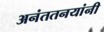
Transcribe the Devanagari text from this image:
अनंततनयांनी